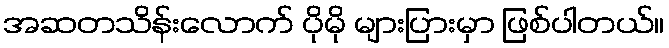
အဆတသိန်းလောက် ပိုမို များပြားမှာ ဖြစ်ပါတယ်။